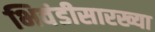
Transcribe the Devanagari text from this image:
भिवंडीसारख्या